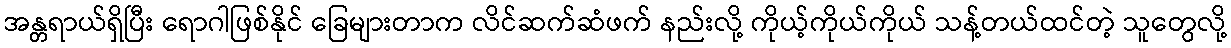
အန္တရာယ်ရှိပြီး ရောဂါဖြစ်နိုင် ခြေများတာက လိင်ဆက်ဆံဖက် နည်းလို့ ကိုယ့်ကိုယ်ကိုယ် သန့်တယ်ထင်တဲ့ သူတွေလို့